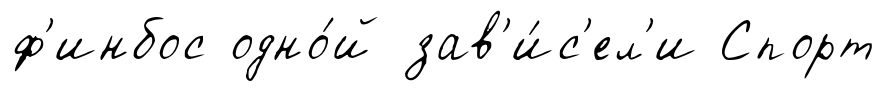
ф'инбос одно́й зав'и́с'ел'и Спорт